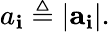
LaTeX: a_{\mathbf{i}}\triangleq|\mathbf{{a}}_{\mathbf{i}}|.